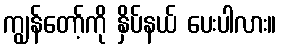
ကျွန်တော့်ကို နှိပ်နယ် ပေးပါလား။